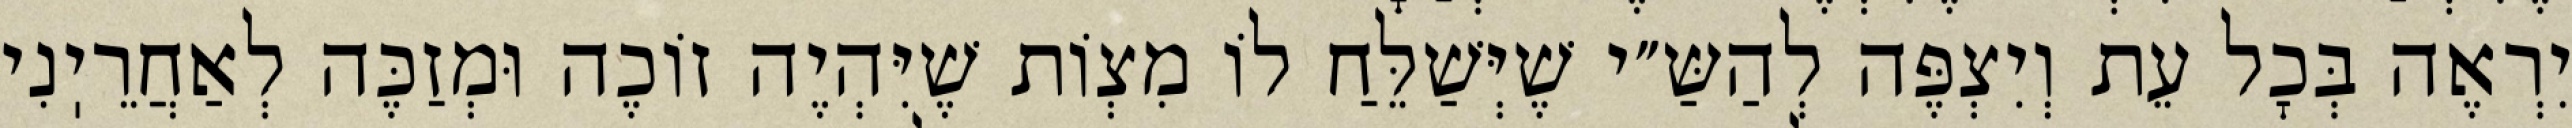
יִרְאֶה בְּכׇל עֵת וְיִצְפֶּה לְהַשַּ״י שֶׁיְּשַׁלֵּחַ לוֹ מִצְוֹת שֶׁיִּהְיֶה זוֹכֶה וּמְזַכֶּה לְאַחֲרֵיֽנִי